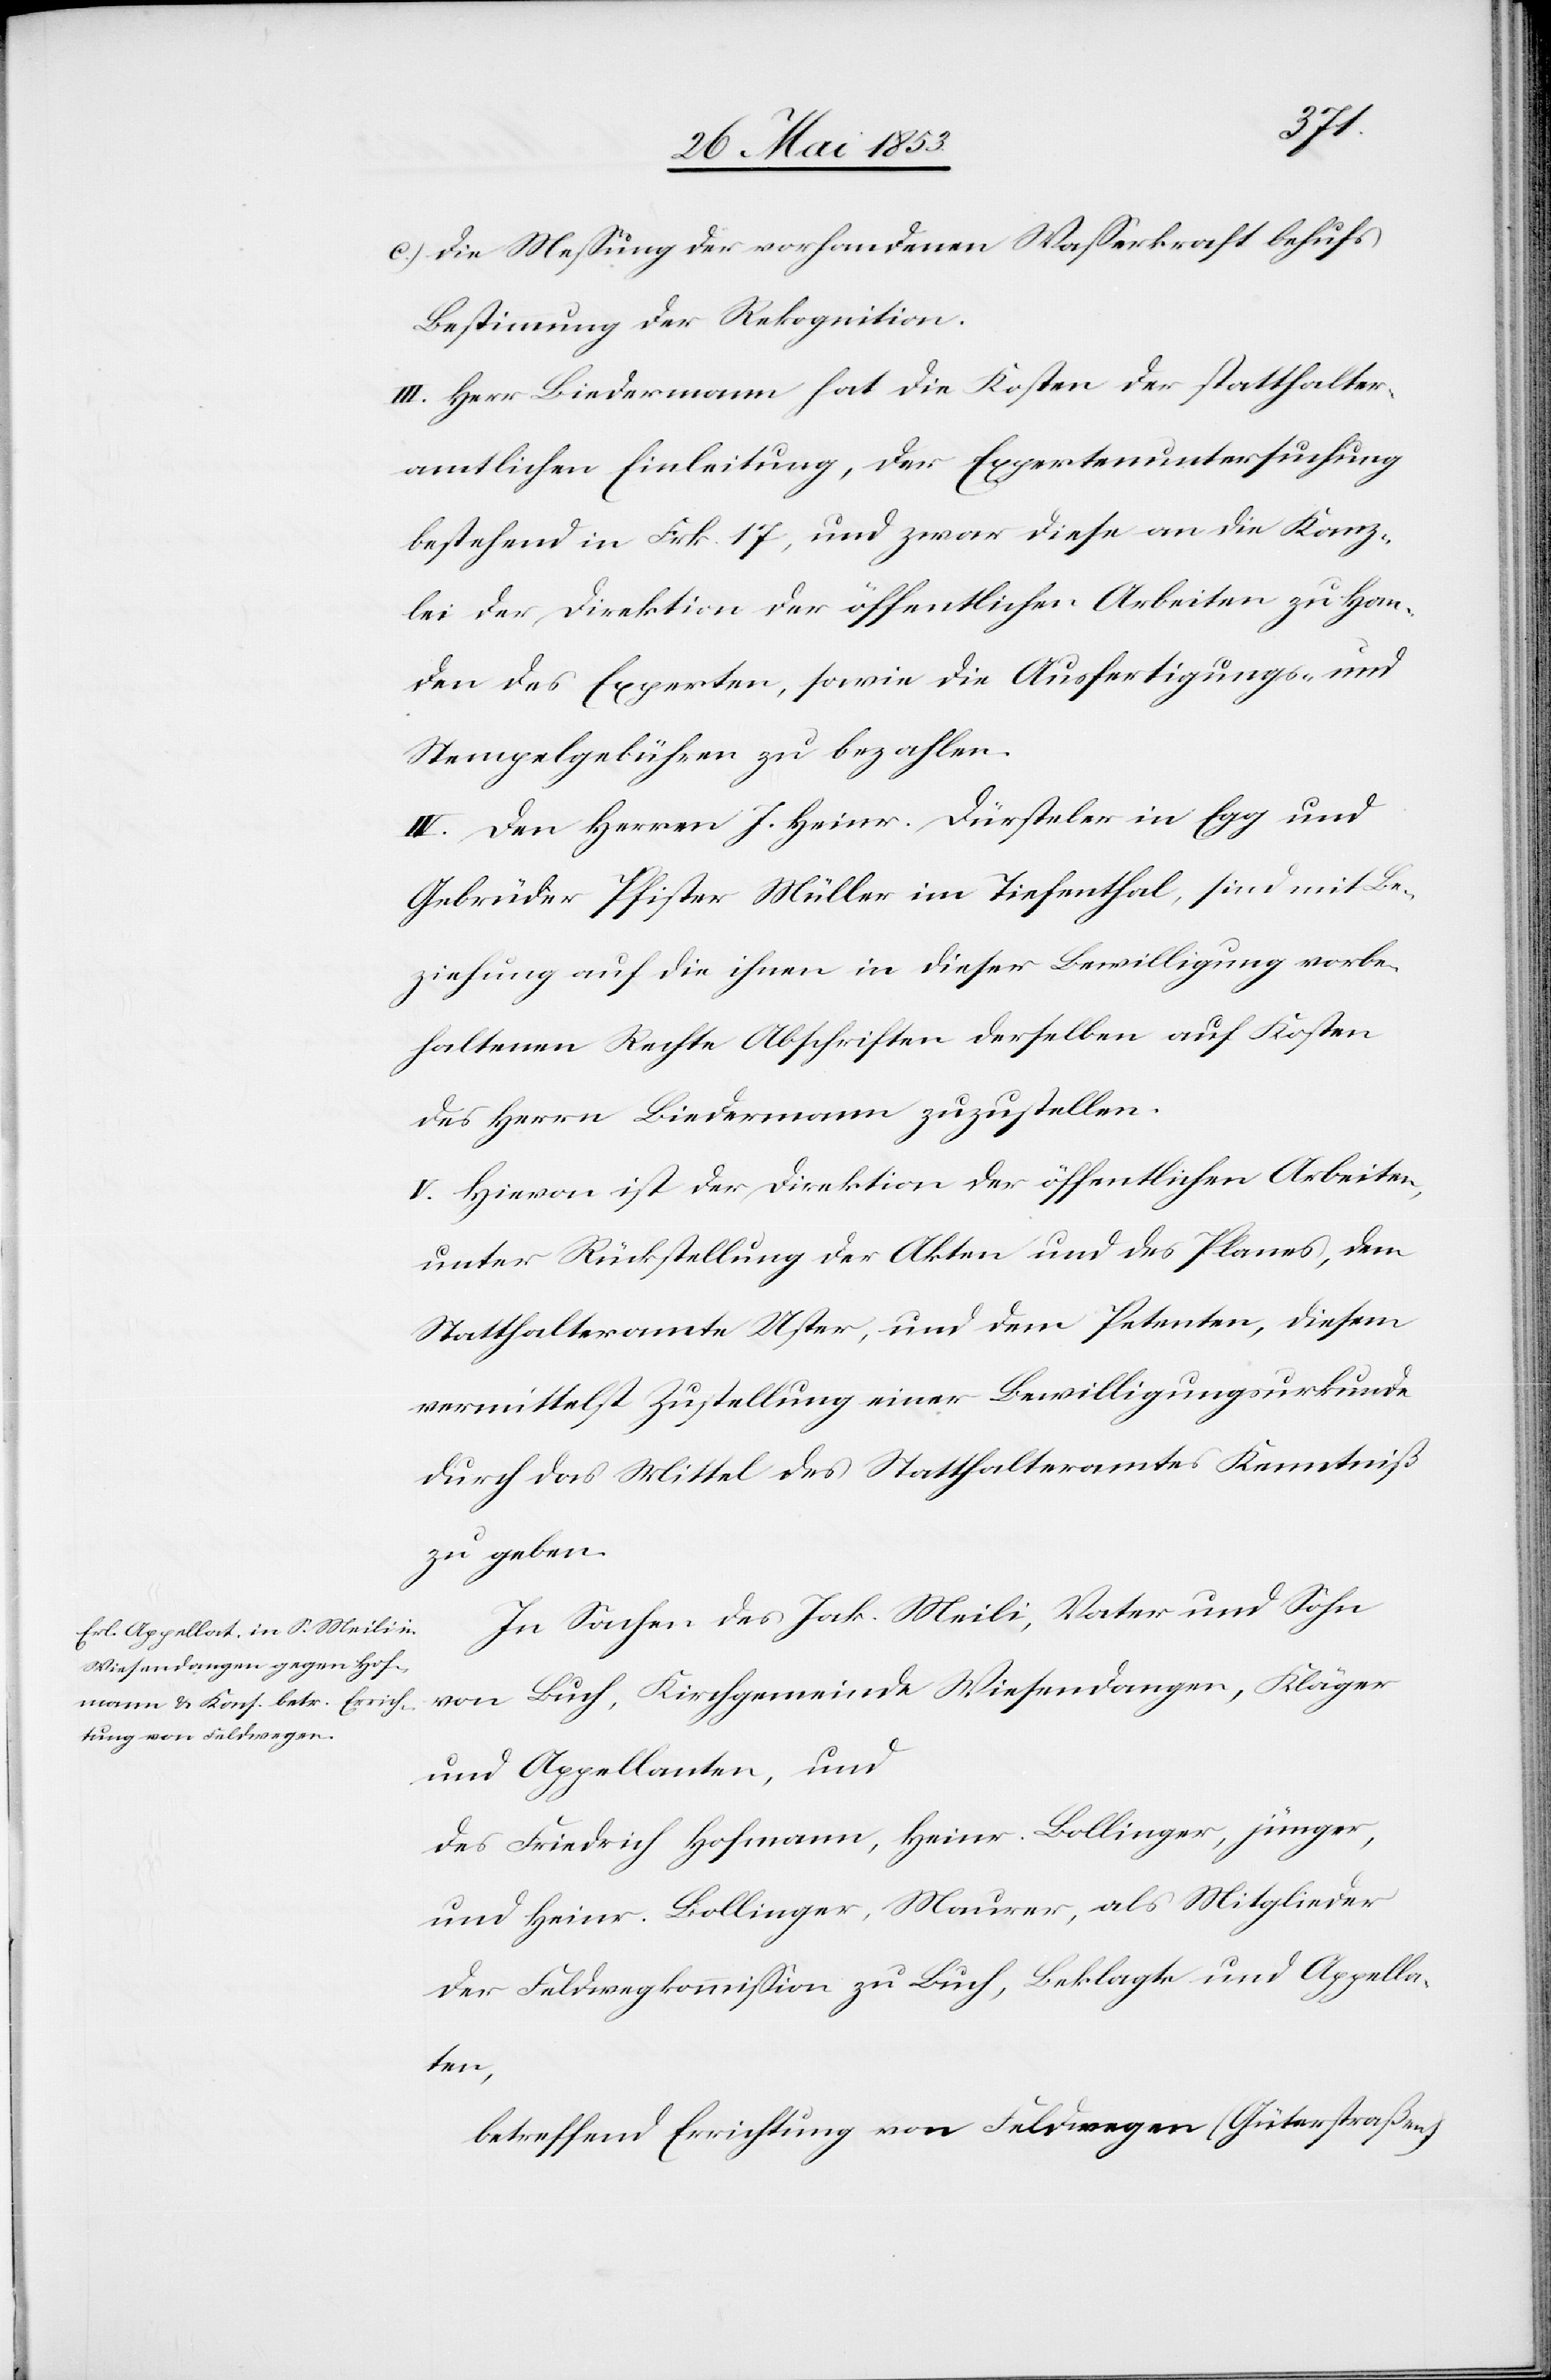
c) Die Meßung der vorhandenen Waßerkraft behufs
Bestimmung der Rekognition.
III. Herr Biedermann hat die Kosten der statthalter¬
amtlichen Einleitung, der Expertenuntersuchung
bestehend in Frk. 17, und zwar diese an die Kanz¬
lei der Direktion der öffentlichen Arbeiten zu Han¬
den des Experten, sowie die Ausfertigungs- u.
Stempelgebühren zu bezahlen.
IV. Den Herrn J. Heinr. Dürsteler in Egg und
Gebrüder Pfister Müller im Fischenthal, sind mit Be¬
ziehung auf die ihnen in dieser Bewilligung vorbe¬
haltenen Rechte Abschriften derselben auf Kosten
des Herrn Biedermann zuzustellen.
V. Hievon ist der Direktion der öffentlichen Arbeiten,
unter Rückstellung der Akten und des Planes, dem
Statthalteramte Uster, und dem Petenten, diesem
vermittelst Zustellung einer Bewilligungsurkunde
durch das Mittel des Statthalteramtes Kenntniß
zu geben.
In Sachen des Jak. Meili, Vater und Sohn
von Buch, Kirchgemeinde Wiesendangen, Kläger
und Appellanten, und
des Friedrich Hofmann, Heinr. Bollinger, jünger,
und Heinr. Bollinger, Maurer, als Mitglieder
der Feldwegkommißion zu Buch, Beklagte und Appella¬
ten,
betreffend Errichtung von Feldwegen (Güterstraßen)